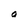
Character: a